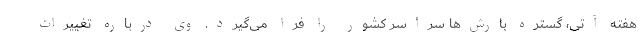
هفته آتی، گستره بارش‌ها سراسر کشور را فرا می‌گیرد. وی درباره تغییرات